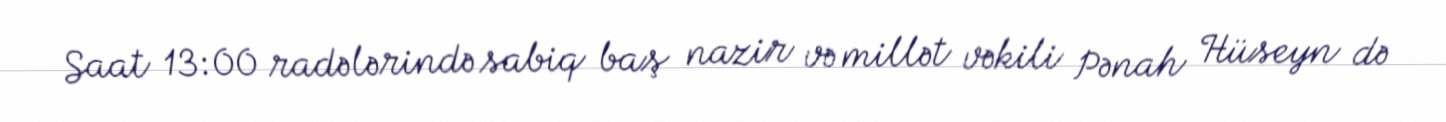
Saat 13:00 radələrində sabiq baş nazir və millət vəkili Pənah Hüseyn də